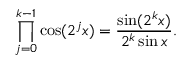
\prod _ { j = 0 } ^ { k - 1 } \cos ( 2 ^ { j } x ) = { \frac { \sin ( 2 ^ { k } x ) } { 2 ^ { k } \sin x } } .